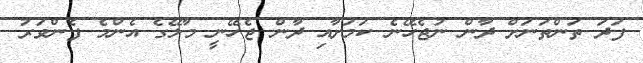
ފަދަ ތަންތަނަށް ދާން ނުޖެހޭނެ ކަމަށާއި ދާން ޖެހޭނީ މާލޭގެ އެންމެ ފެންވަރު